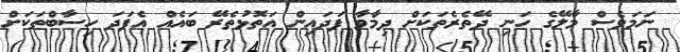
ނަމަވެސް މާލޭގެ ހަނި ދޭތެރެތަކަށް ދިމާވާ ފަދައިން އަތޮޅުތެރޭ ބައެއް އެފަދަ ހިސާބްތަކަށް